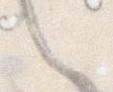
し